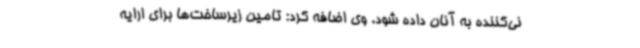
نی‌کننده به آنان داده شود. وی اضافه کرد: تامین زیرساخت‌ها برای ارایه